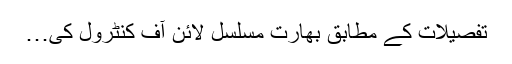
تفصیلات کے مطابق بھارت مسلسل لائن آف کنٹرول کی…